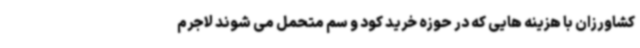
کشاورزان با هزینه هایی که در حوزه خرید کود و سم متحمل می شوند لاجرم